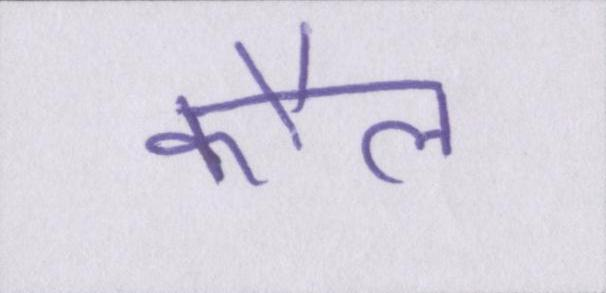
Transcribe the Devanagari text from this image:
कौल